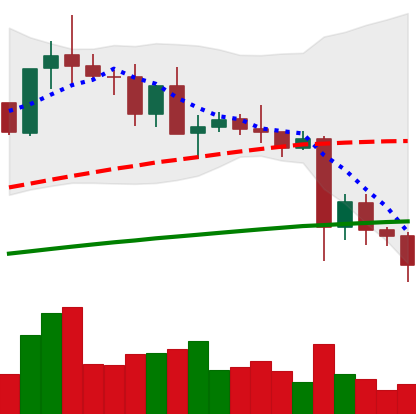
Ticker: TRX-USD
Chart end date: 2021-05-23
Forward return: 14.096%
Label: up_7plus